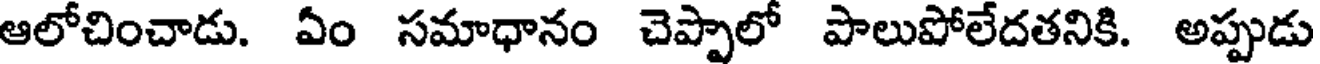
ఆలోచించాడు. ఏం సమాధానం చెప్పాలో పాలుపోలేదతనికి. అప్పుడు